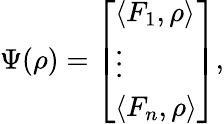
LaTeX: \Psi(\rho)={\left[\begin{array}{l}{\langle F_{1},\rho\rangle}\\ {\vdots}\\ {\langle F_{n},\rho\rangle}\end{array}\right]},